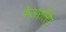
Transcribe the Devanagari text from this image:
फेअरलिए